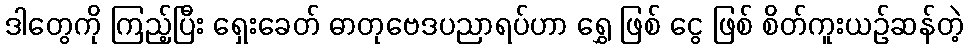
ဒါတွေကို ကြည့်ပြီး ရှေးခေတ် ဓာတုဗေဒပညာရပ်ဟာ ရွှေ ဖြစ် ငွေ ဖြစ် စိတ်ကူးယဉ်ဆန်တဲ့